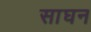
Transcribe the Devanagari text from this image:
साघन